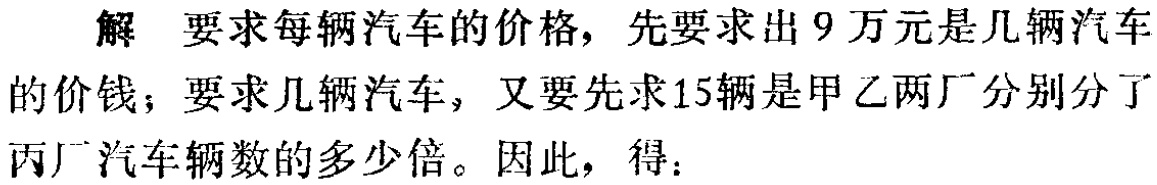
解 要求每辆汽车的价格，先要求出 9 万元是几辆汽车的价钱；要求几辆汽车，又要先求15辆是甲乙两厂分别分了丙厂汽车辆数的多少倍。因此，得：